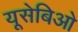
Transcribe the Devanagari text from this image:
यूसेबिओ